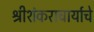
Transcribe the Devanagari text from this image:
श्रीशंकराचार्याचे